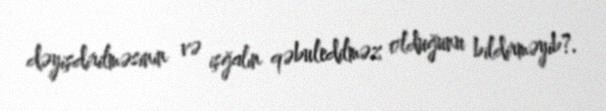
dəyişdirilməsinin və işğalın qəbuledilməz olduğunu bildirməyib?.